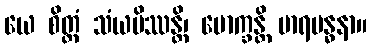
ယေ စိတ္တံ သံယမိဿန္တိ၊ မောက္ခန္တိ မာရဗန္ဓနာ။